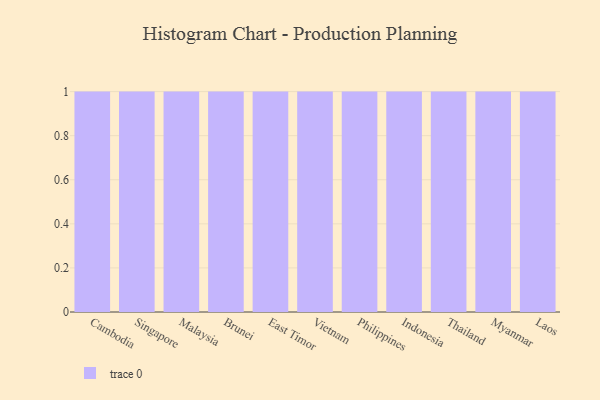
{"axis": {"x": "Country", "y": "Net Income (USD K)"}, "legend": [""], "data": [{"x": "Cambodia", "y": 33, "type": ""}, {"x": "Singapore", "y": 16, "type": ""}, {"x": "Malaysia", "y": 82, "type": ""}, {"x": "Brunei", "y": 84, "type": ""}, {"x": "East Timor", "y": 96, "type": ""}, {"x": "Vietnam", "y": 30, "type": ""}, {"x": "Philippines", "y": 70, "type": ""}, {"x": "Indonesia", "y": 46, "type": ""}, {"x": "Thailand", "y": 53, "type": ""}, {"x": "Myanmar", "y": 12, "type": ""}, {"x": "Laos", "y": 56, "type": ""}]}